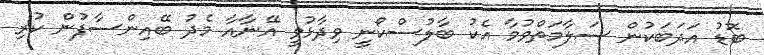
ބޮޑު އަދަބަކުން ސަލާމަތްވުމާ އެކު ބާލުސްކޯނީ ވިދާޅުވީ އޭނާއާ މެދު ބޭއިންސާފުން ކުރި